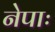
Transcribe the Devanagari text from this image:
नेपाः